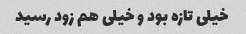
خیلی تازه بود و خیلی هم زود رسید